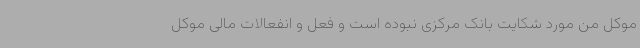
موکل من مورد شکایت بانک مرکزی نبوده است و فعل و انفعالات مالی موکل